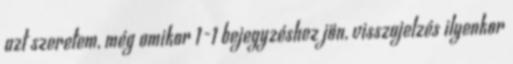
azt szeretem, még amikor 1-1 bejegyzéshez jön, visszajelzés ilyenkor